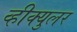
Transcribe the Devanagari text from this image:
व्हीक्युलर